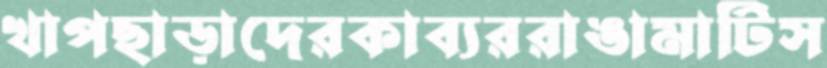
খাপছাড়াদেরকাব্যররাঙামাটিস